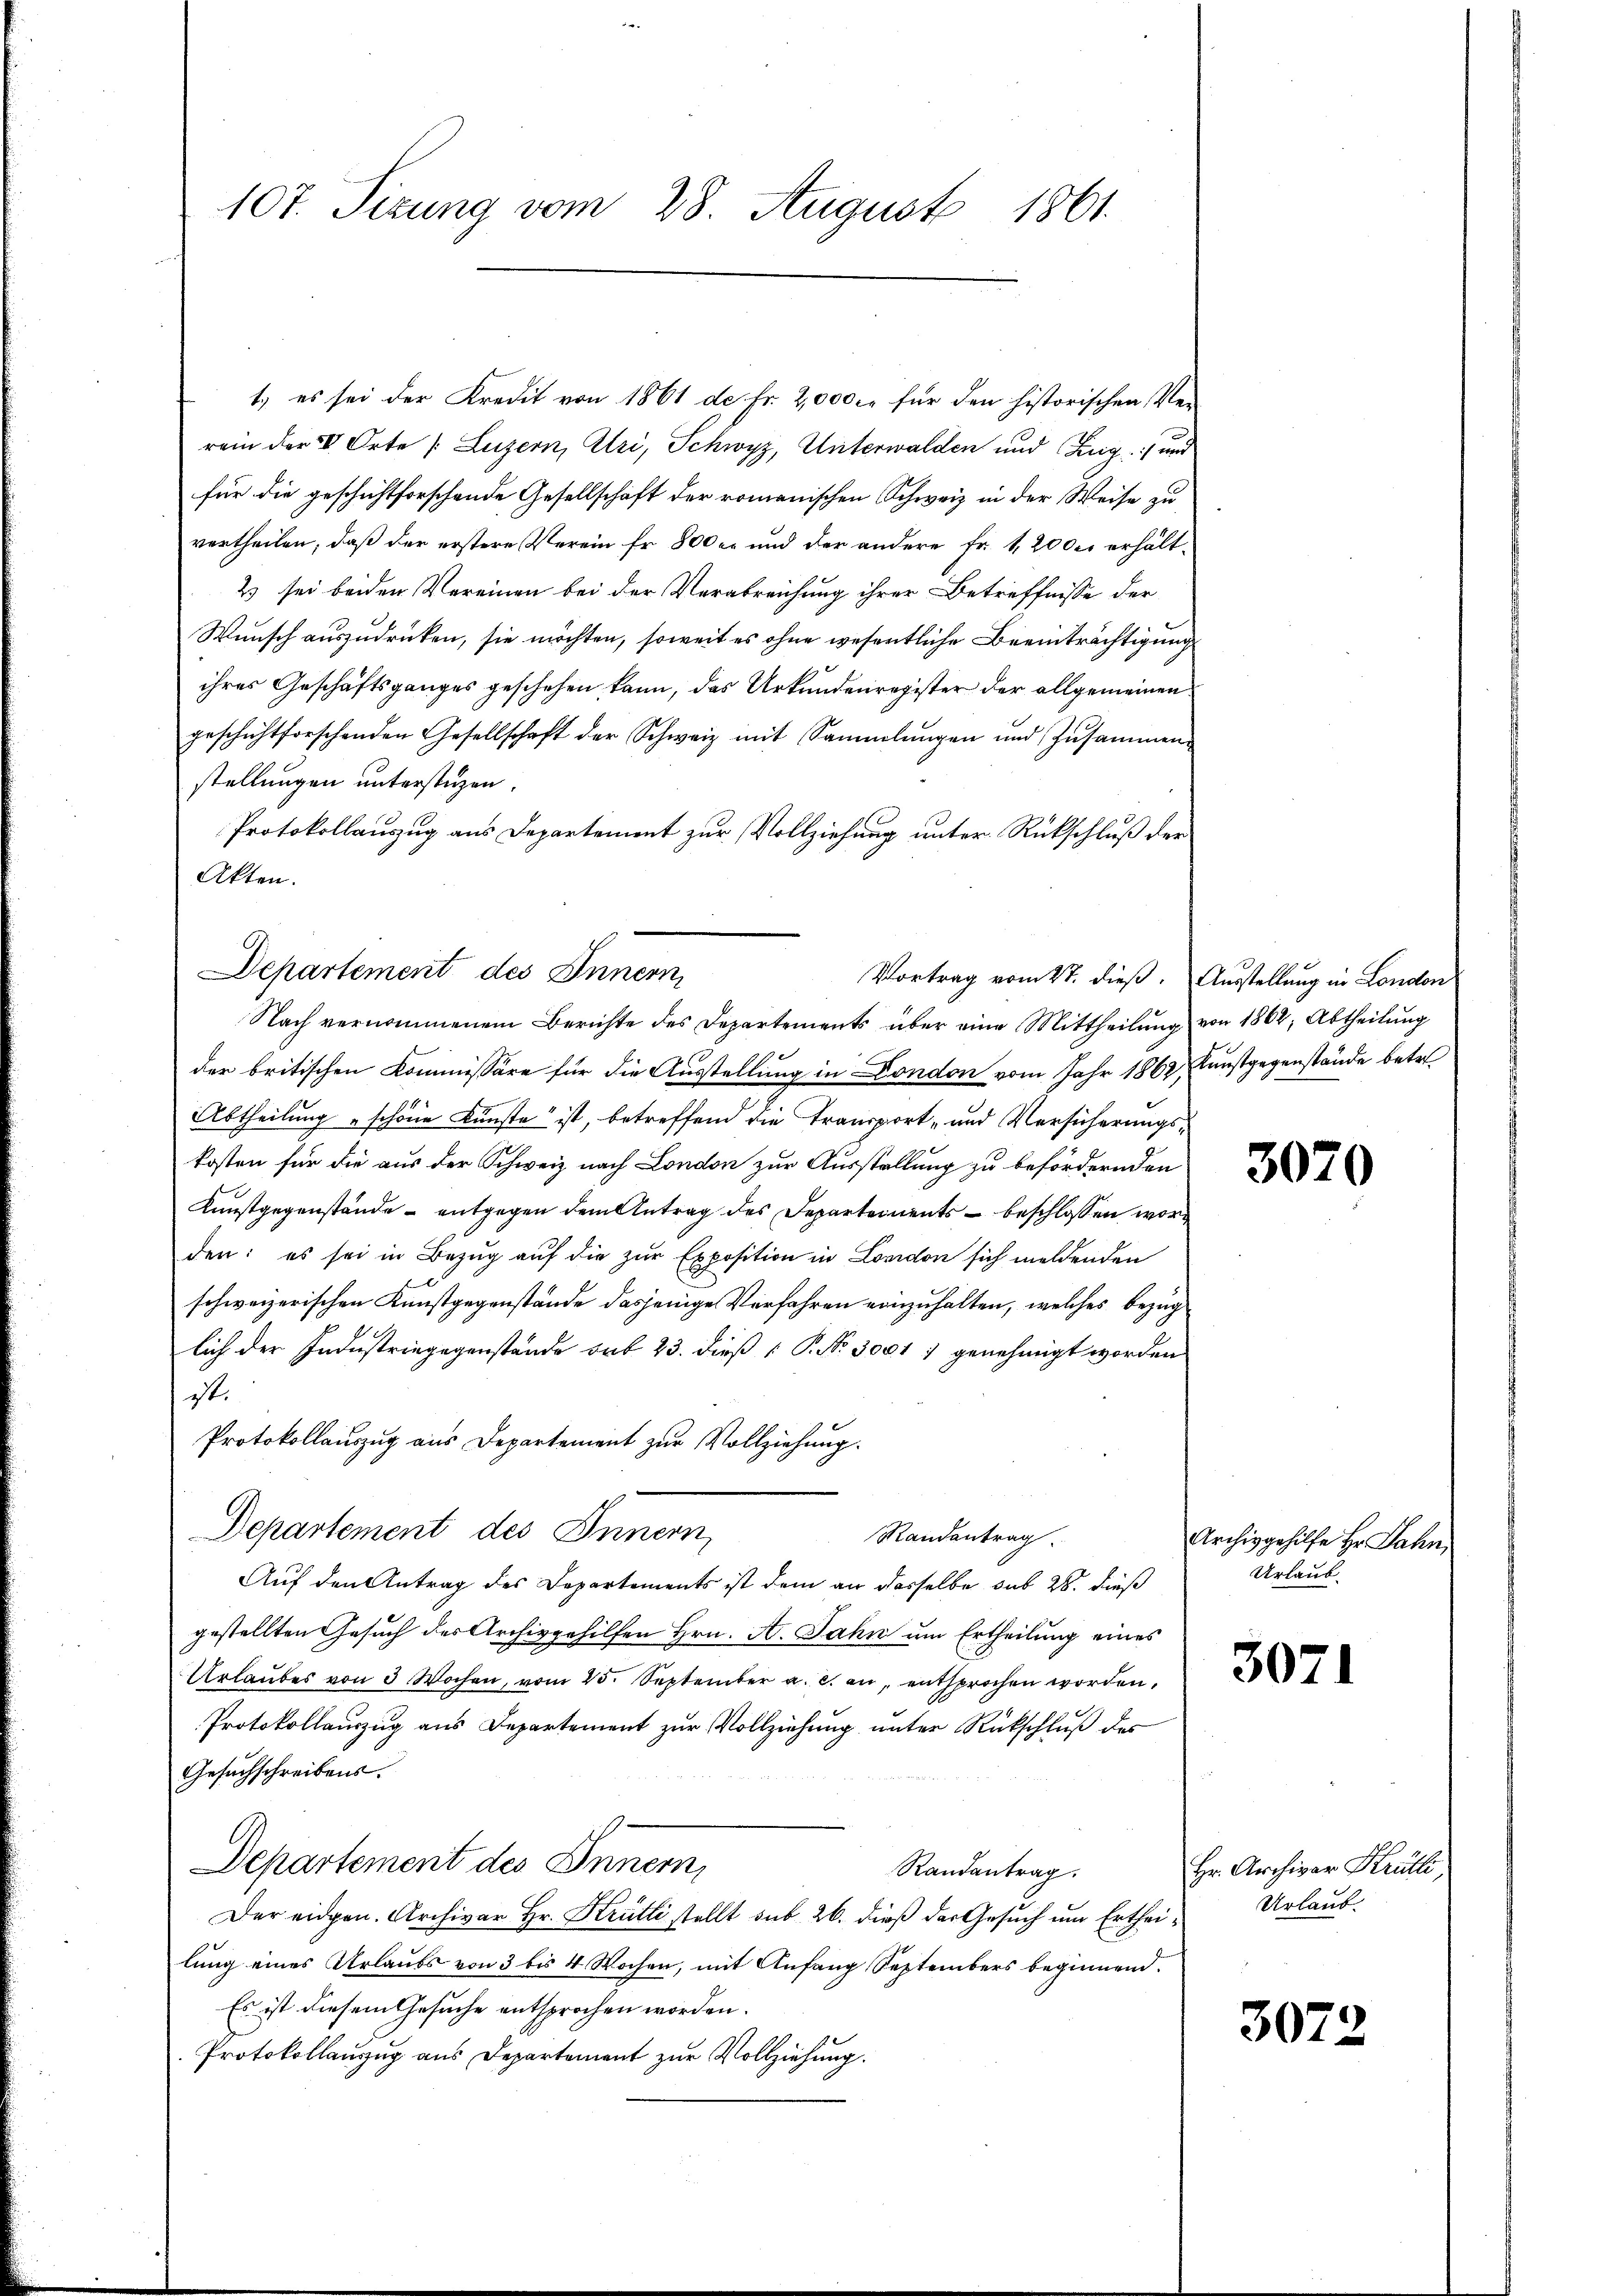
1., es sei der Kredit von 1861 de fr. 2,000 fr für den historischen Ver-
rein der V. Orte /: Luzern, Uri, Schwyz, Unterwalden und Ring und
für die geschichtforschende Gesellschaft der romanischen Schweiz in der Weise zu
vertheilen, daß der erstere Verein fr. 800 er und der andere Fr. 1, 2000 erhält-
2 sei beiden Vereinen bei der Verabreichung ihrer Betreffnisse der
Wunsch auszudrücken, sie möchten, soweit es ohne wesentliche Beeinträchtigung
ihres Geschäftsganges geschehen kann, das Urkundenregister der allgemeinen
geschichtforschenden Gesellschaft der Schweiz mit Sammlungen und Zusammen-
stellungen unterstüzen.
Protokollauszug aus Departement zur Vollziehung unter Rückschluß der
Akten.
Nach vernommenem Berichte des Departements über eine Mittheilŭng von 1862, Abtheilŭng
der britischen Kommissäre für die Ausstellung in London vom Jahr 1862, Kunstgegenstände betre¬
Abtheilung „schöne Künste ist, betreffend die Transport- und Versicherungskosten für die aus der Schweiz nach London zur Ausstellung zu befördernden
Kunstgegenstände - entgegen dem Antrag des Departements – beschlossen worden: es sei in Bezug auf die zur Exposition in London sich meldenden
schweizerischen Kunstgegenstände dasjenige Verfahren einzuhalten, welches Bezug
lich der Industriegegenstände sub 23. dieß ( P. Nr. 3001 7 genehmigt worden.
ist.
Protokollauszug aus Departement zur Vollziehung.
Departement des Innern,
Randentrag.
Auf den Antrag des Departements ist dem an dasselbe sub 28. dieß
gestellten Gesuch der Archivgehilfen Hrn. A. Jahn um Ertheilung eines
Urlaubes von 3 Wochen, vom 25. September a. c. an, entsprochen worden.
Protokollauszug aus Departement zur Vollziehung unter Rückschluß des
Gesuchschreibens.
Departement des Innern,
Randantrag.
Der eidgen. Archivar Hr. Krütli stellt sub 26. dieß der Gesuch um Ertheilung eines Urlaubs von 3 bis 4 Wochen, mit Anfang Septembers beginnend.
Es ist diesem Gesuche entsprochen worden.
Protokollauszug aus Departement zur Vollziehung.

107. Sizung vom 28. August 1861.

Departement des Innern,

Vortrag vom 27. dieß. Ausstellung in London

3070

Archivgehilfe Hr. Jahn,
Urlaub.

3071

Hr. Archivar Krülli,
Urlaub.

3072